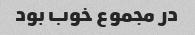
در مجموع خوب بود